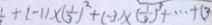
+ ( - 1 ) \times ( \frac { 1 } { 3 } ) ^ { 2 } + ( - 3 ) \times ( \frac { 1 } { 3 } ) ^ { 3 } + \cdots + ( 3